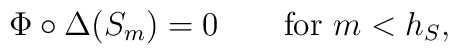
\Phi\circ\Delta(S_m) = 0   \qquad\hbox{for $m<h_S$,}